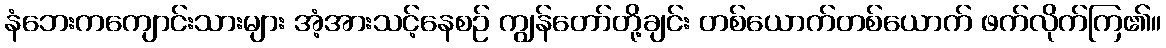
နံဘေးကကျောင်းသားများ အံ့အားသင့်နေစဉ် ကျွန်တော်တို့ချင်း တစ်ယောက်တစ်ယောက် ဖက်လိုက်ကြ၏။